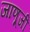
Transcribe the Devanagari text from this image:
जाणूजी